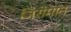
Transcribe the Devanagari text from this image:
जिरोमॉन